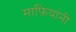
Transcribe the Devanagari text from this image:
माफ़ियांनी